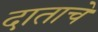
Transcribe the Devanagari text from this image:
दाताचे